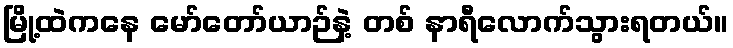
မြို့ထဲကနေ မော်တော်ယာဉ်နဲ့ တစ် နာရီလောက်သွားရတယ်။